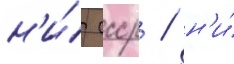
н'и́ ссср / н'и́